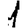
Digit: 1